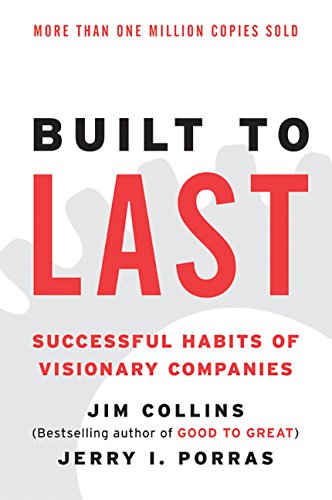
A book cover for Built to Last: Successful Habits of Visionary Companies (Harper Business Essentials); Jim Collins; Business & Money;